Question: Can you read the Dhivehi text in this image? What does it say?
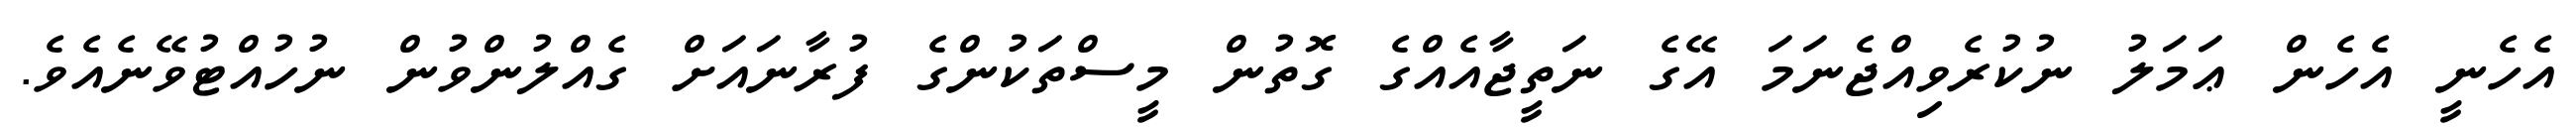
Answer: އެހެނީ އެހެން ޢަމަލު ނުކުރެވިއްޖެނަމަ އޭގެ ނަތީޖާއެއްގެ ގޮތުން މީސްތަކުންގެ ފުރާނައަށް ގެއްލުންވުން ނުހުއްޓުވޭނެއެވެ.